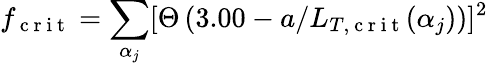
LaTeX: f_{\mathrm{~c~r~i~t~}}=\sum_{\alpha_{j}}[\Theta\left(3.00-a/L_{T,\mathrm{~c~r~i~t~}}(\alpha_{j})\right)]^{2}